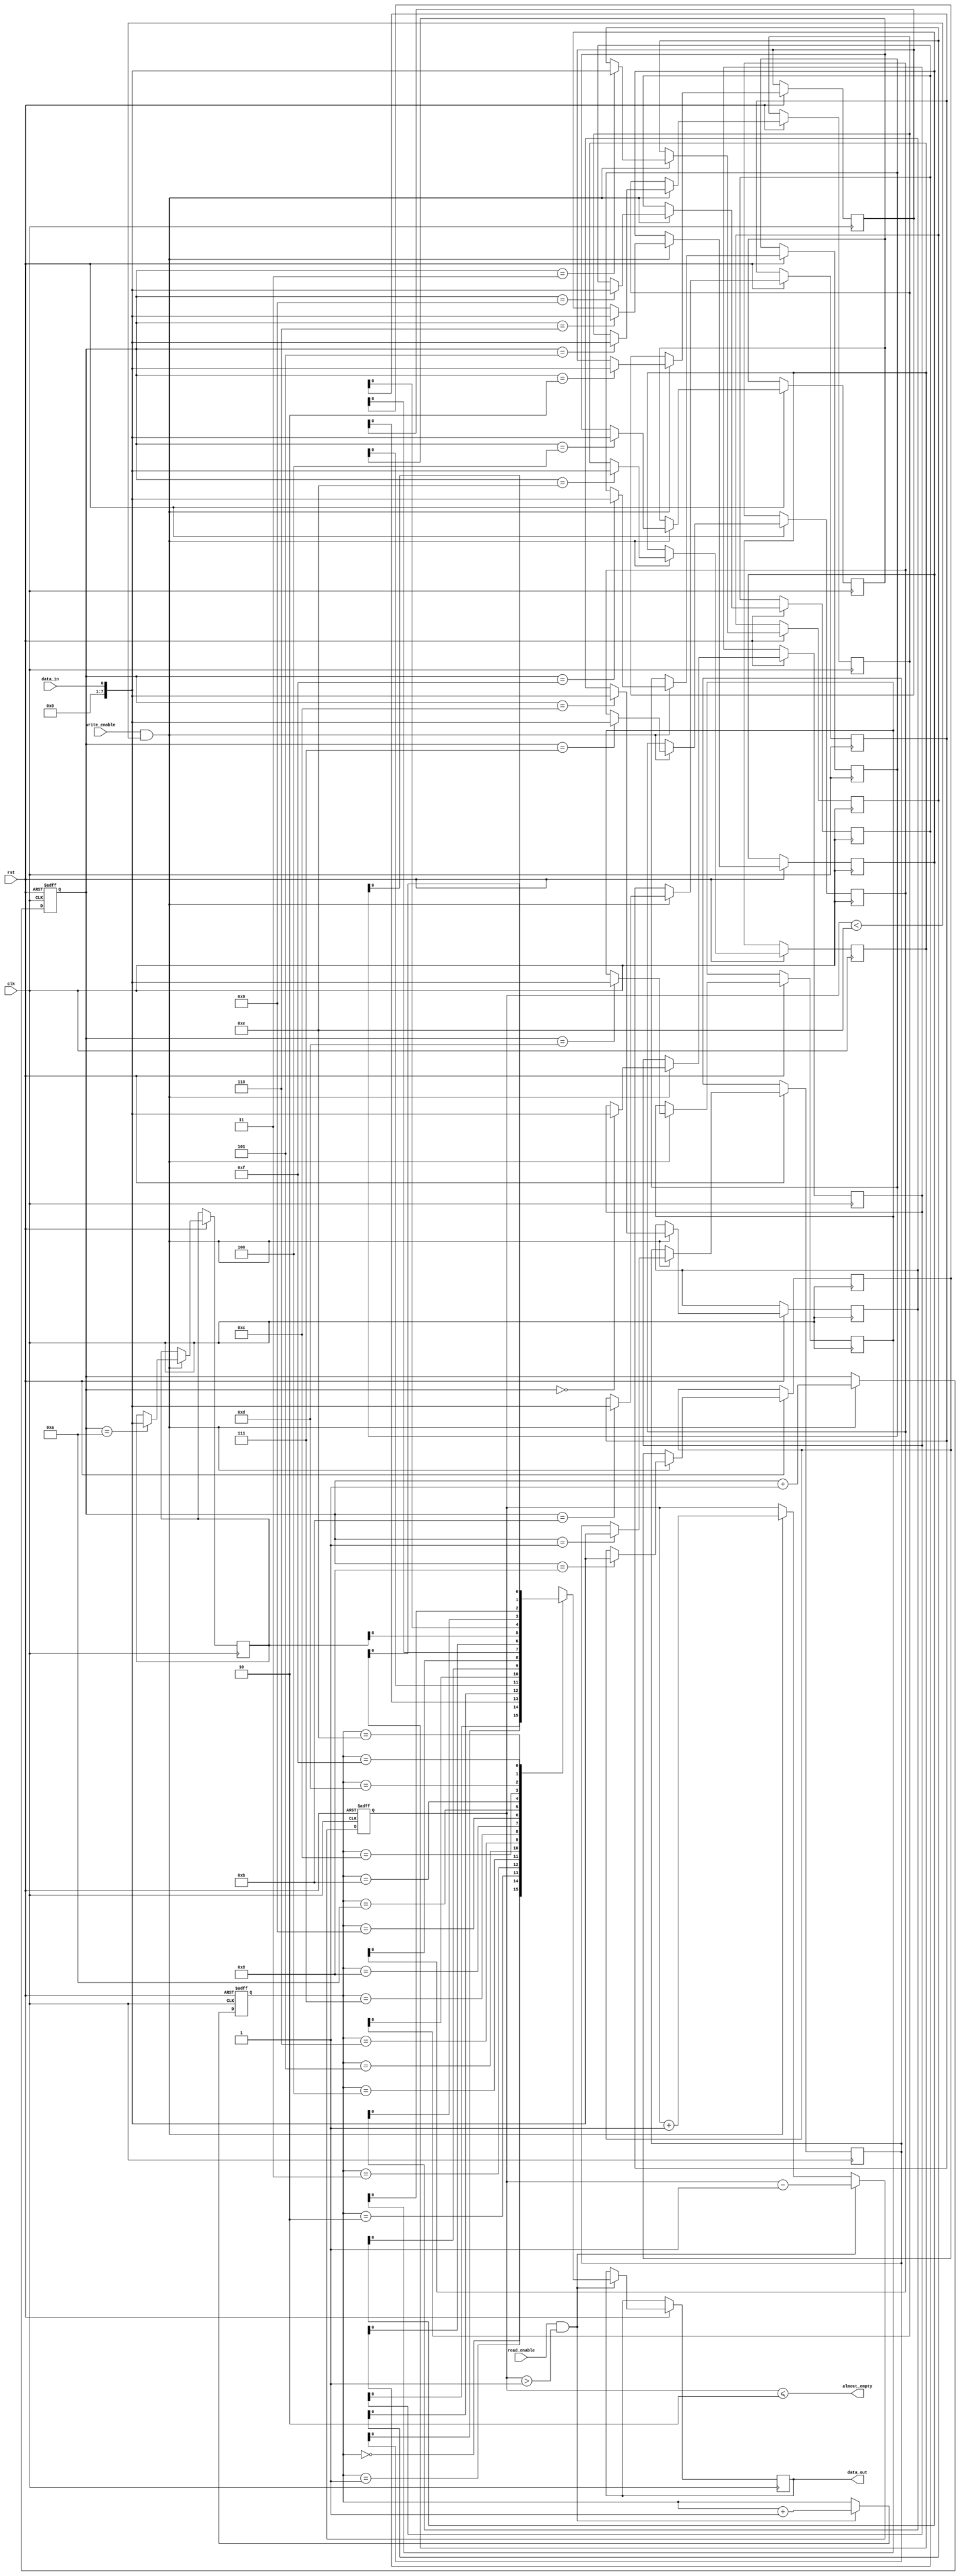
module almost_empty_fifo (
  input wire clk,
  input wire rst,
  input wire data_in,
  output wire data_out,
  input wire read_enable,
  input wire write_enable,
  output wire almost_empty
);

reg [7:0] fifo [15:0];
reg [3:0] head, tail;
reg [1:0] count;
  
always @(posedge clk or negedge rst) begin
  if (!rst) begin
    head <= 4'b0000;
    tail <= 4'b0000;
    count <= 2'b00;
  end else begin
    if (write_enable && (count < 4'b1110)) begin
      fifo[head] <= data_in;
      head <= head + 1;
      count <= count + 1;
    end
    if (read_enable && (count > 4'b0001)) begin
      data_out <= fifo[tail];
      tail <= tail + 1;
      count <= count - 1;
    end
  end
end

assign almost_empty = (count <= 4'b0010);

endmodule